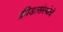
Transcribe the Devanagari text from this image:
क्रीडासंस्थेचे